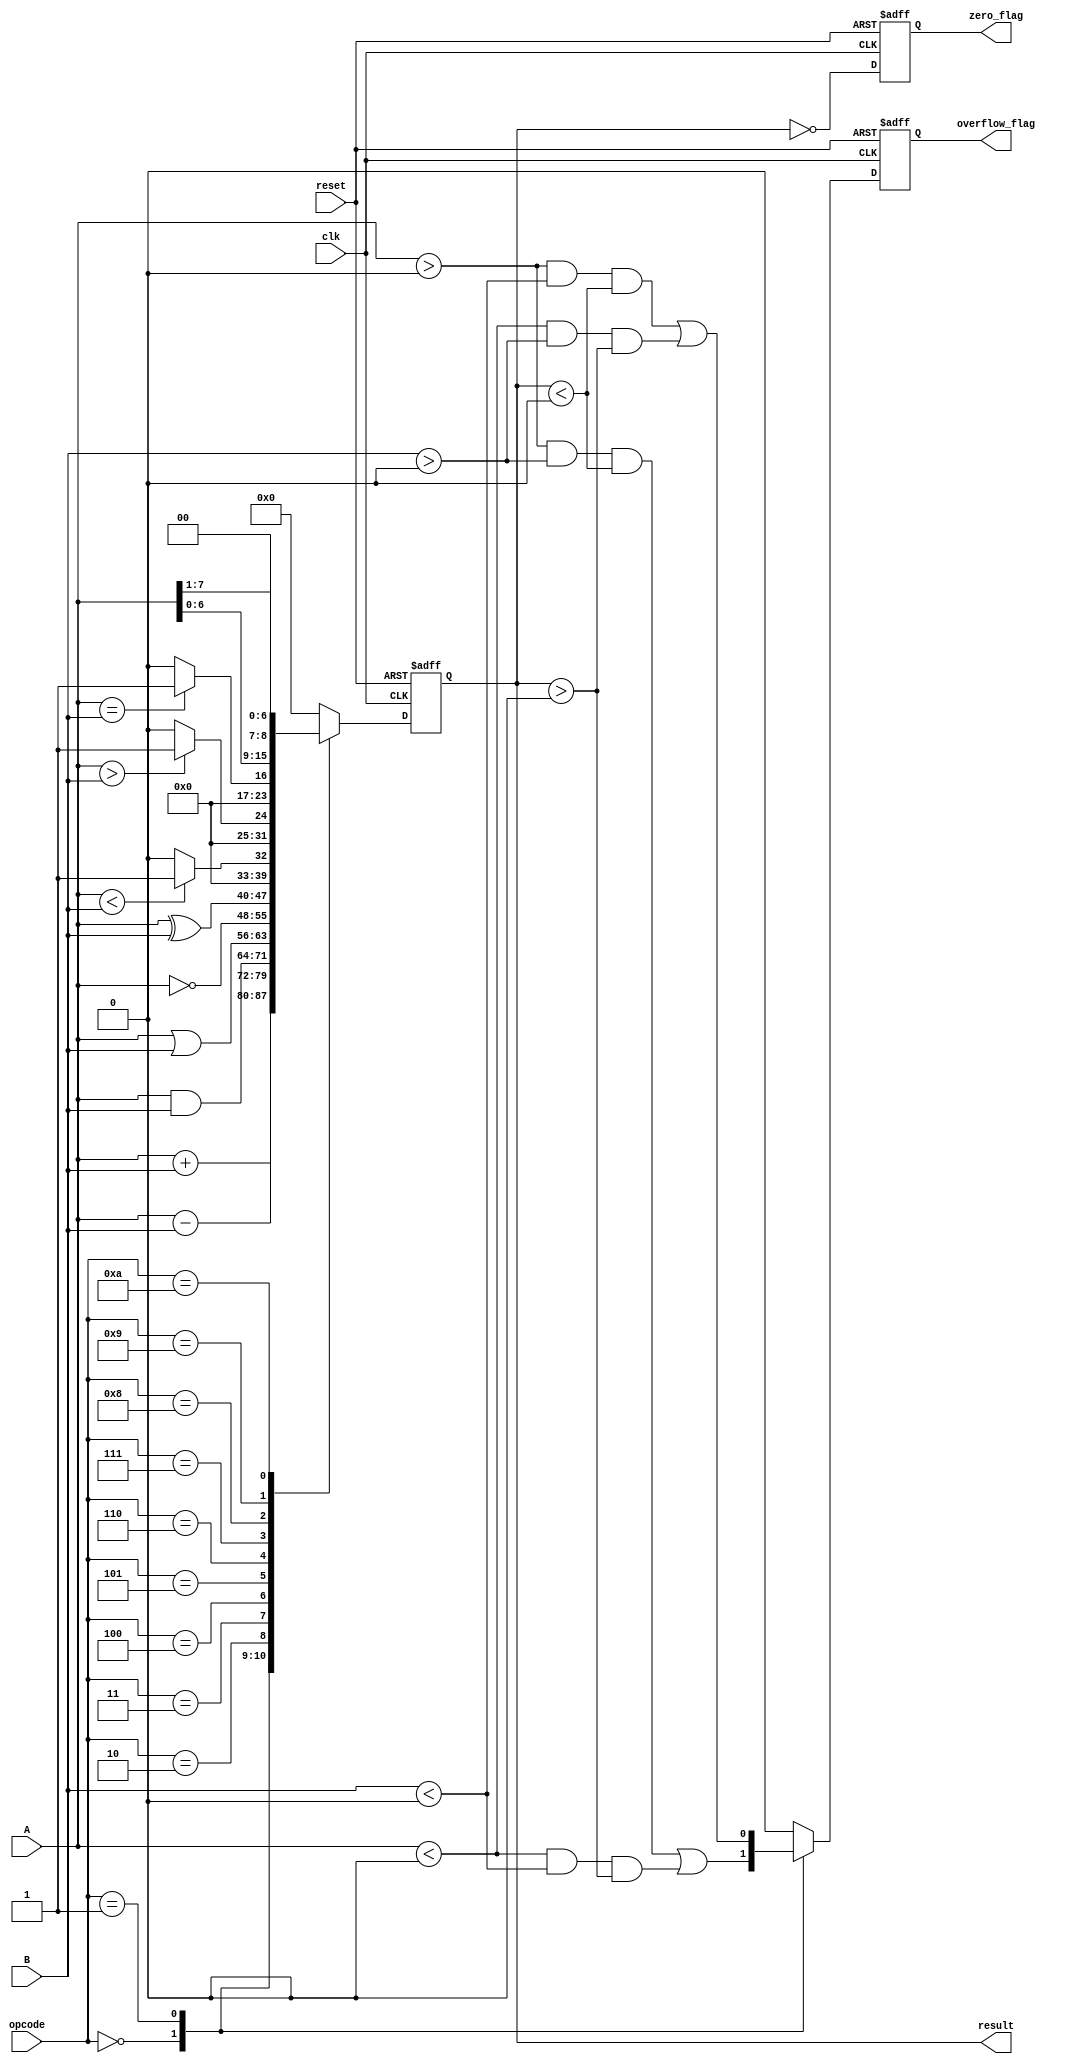
module ParameterizedALU #(
    parameter WIDTH = 8
) (
    input  wire [WIDTH-1:0] A,          // Input operand 1
    input  wire [WIDTH-1:0] B,          // Input operand 2
    input  wire [3:0] opcode,            // Control signal for operation
    input  wire clk,                     // Clock signal
    input  wire reset,                   // Asynchronous reset
    output reg [WIDTH-1:0] result,      // Output result
    output reg zero_flag,                // Zero flag
    output reg overflow_flag              // Overflow flag
);

    // Opcode definitions
    localparam ADD        = 4'b0000;
    localparam SUB        = 4'b0001;
    localparam AND        = 4'b0010;
    localparam OR         = 4'b0011;
    localparam NOT        = 4'b0100;
    localparam XOR        = 4'b0101;
    localparam LESS_THAN  = 4'b0110;
    localparam GREATER_THAN= 4'b0111;
    localparam EQUAL_TO    = 4'b1000;
    localparam LEFT_SHIFT   = 4'b1001;
    localparam RIGHT_SHIFT  = 4'b1010;

    // Internal signal for signed operations
    wire signed [WIDTH-1:0] A_signed = A;
    wire signed [WIDTH-1:0] B_signed = B;

    // Asynchronous reset
    always @(posedge clk or posedge reset) begin
        if (reset) begin
            result <= 0;
            zero_flag <= 0;
            overflow_flag <= 0;
        end else begin
            // ALU operation
            case (opcode)
                ADD: begin
                    result <= A + B;
                    overflow_flag <= (A_signed > 0 && B_signed > 0 && result < 0) || 
                                     (A_signed < 0 && B_signed < 0 && result > 0);
                end
                SUB: begin
                    result <= A - B;
                    overflow_flag <= (A_signed > 0 && B_signed < 0 && result < 0) || 
                                     (A_signed < 0 && B_signed > 0 && result > 0);
                end
                AND: begin
                    result <= A & B;
                    overflow_flag <= 0; // No overflow for AND
                end
                OR: begin
                    result <= A | B;
                    overflow_flag <= 0; // No overflow for OR
                end
                NOT: begin
                    result <= ~A; 
                    overflow_flag <= 0; // No overflow for NOT
                end
                XOR: begin
                    result <= A ^ B;
                    overflow_flag <= 0; // No overflow for XOR
                end
                LESS_THAN: begin
                    result <= (A_signed < B_signed) ? 1 : 0;
                    overflow_flag <= 0; // No overflow for comparison
                end
                GREATER_THAN: begin
                    result <= (A_signed > B_signed) ? 1 : 0;
                    overflow_flag <= 0; // No overflow for comparison
                end
                EQUAL_TO: begin
                    result <= (A == B) ? 1 : 0;
                    overflow_flag <= 0; // No overflow for comparison
                end
                LEFT_SHIFT: begin
                    result <= A << 1;
                    overflow_flag <= 0; // No overflow for shift
                end
                RIGHT_SHIFT: begin
                    result <= A >> 1;
                    overflow_flag <= 0; // No overflow for shift
                end
                default: begin
                    result <= 0; // Default case
                    overflow_flag <= 0; // No overflow
                end
            endcase
            // Update zero_flag
            zero_flag <= (result == 0);
        end
    end

endmodule